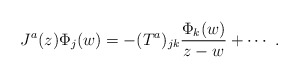
\begin{align*}J^a(z)\Phi_j(w)=-(T^a)_{jk}\frac{\Phi_k(w)}{z-w}+\cdots~.\end{align*}